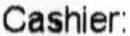
CASHIER: